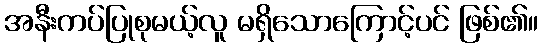
အနီးကပ်ပြုစုမယ့်လူ မရှိသောကြောင့်ပင် ဖြစ်၏။